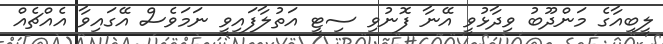
ލީބިއާގެ މަންދޫބު ވިދާޅުވީ އޭނާ ފޮނުވި ސިޓީ އަތުލާފައިވީ ނަމަވެސް އޭގައިވާ އެއްޗެއް